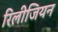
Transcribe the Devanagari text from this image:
रिलीजियन